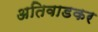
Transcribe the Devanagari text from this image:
अतिवाडकर